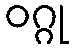
ဝဂ္ဂု